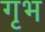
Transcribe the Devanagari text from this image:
गृभ